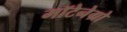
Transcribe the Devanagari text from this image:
मॉटेनेग्रो